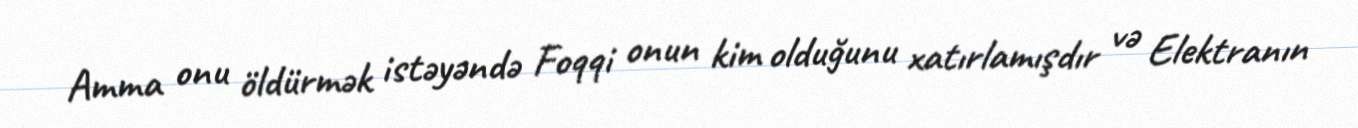
Amma onu öldürmək istəyəndə Foqqi onun kim olduğunu xatırlamışdır və Elektranın